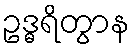
ဥဒ္ဓရိတွာန